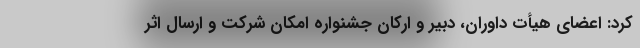
کرد: اعضای هیأت داوران، دبیر و ارکان جشنواره امکان شرکت و ارسال اثر